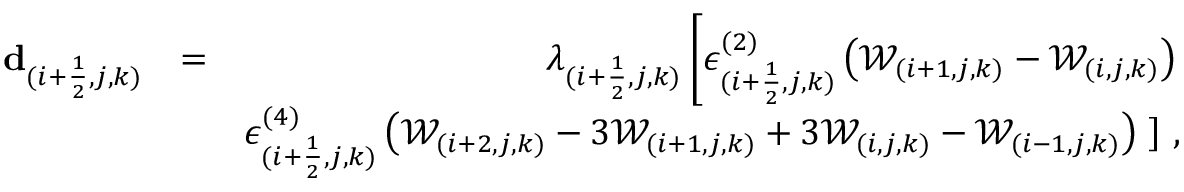
\begin{array} { r l r } { \mathbf { d } _ { ( i + \frac { 1 } { 2 } , j , k ) } } & { = } & { \lambda _ { ( i + \frac { 1 } { 2 } , j , k ) } \left[ \epsilon _ { ( i + \frac { 1 } { 2 } , j , k ) } ^ { ( 2 ) } \left( \mathcal { W } _ { ( i + 1 , j , k ) } - \mathcal { W } _ { ( i , j , k ) } \right) \right. } \\ & { } & { \epsilon _ { ( i + \frac { 1 } { 2 } , j , k ) } ^ { ( 4 ) } \left( \mathcal { W } _ { ( i + 2 , j , k ) } - 3 \mathcal { W } _ { ( i + 1 , j , k ) } + 3 \mathcal { W } _ { ( i , j , k ) } - \mathcal { W } _ { ( i - 1 , j , k ) } \right) \left. \right] \, \mathrm { , } } \end{array}